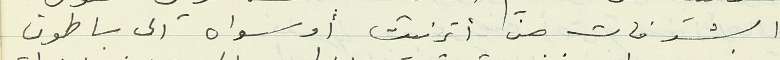
الشرفات من أترنيت أو سواه الى باطون